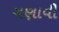
ગણાવી